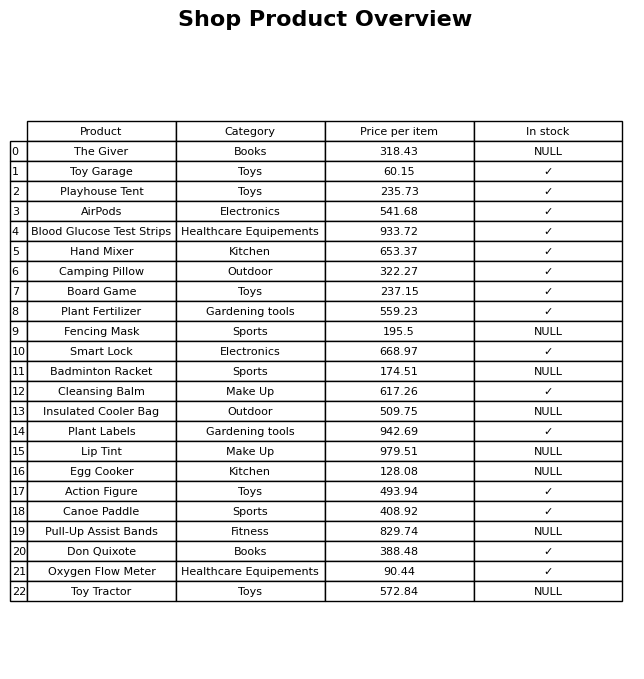
question: What is the stock status of the Plant Labels?
answer: ✓